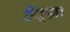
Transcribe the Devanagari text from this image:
हेंद्य्रा